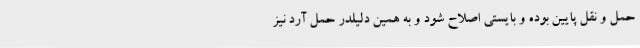
حمل و نقل پایین بوده و بایستی اصلاح شود و به همین دلیلدر حمل آرد نیز